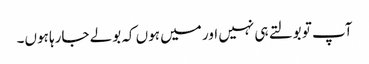
آپ تو بولتے ہی نہیں اور میں ہوں کہ بولے جارہا ہوں۔